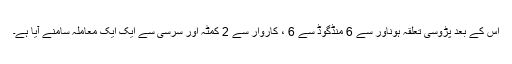
اس کے بعد پڑوسی تعلقہ ہوناور سے 6 منڈگوڈ سے 6 ، کاروار سے 2 کمٹہ اور سرسی سے ایک ایک معاملہ سامنے آیا ہے۔